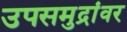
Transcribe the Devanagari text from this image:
उपसमुद्रांवर